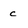
Character: c